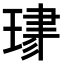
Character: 𤦯